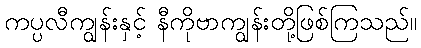
ကပ္ပလီကျွန်းနှင့် နီကိုဗာကျွန်းတို့ဖြစ်ကြသည်။